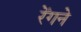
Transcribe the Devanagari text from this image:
रेँगने